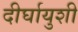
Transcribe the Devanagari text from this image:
दीर्घायुशी